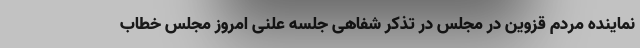
نماینده مردم قزوین در مجلس در تذکر شفاهی جلسه علنی امروز مجلس خطاب